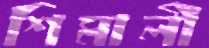
শিমালী